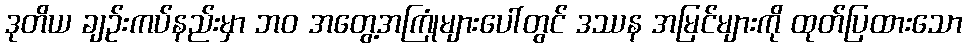
ဒုတိယ ချဉ်းကပ်နည်းမှာ ဘဝ အတွေ့အကြုံများပေါ်တွင် ဒဿန အမြင်များကို ထုတ်ပြထားသော